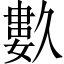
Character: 𱍿